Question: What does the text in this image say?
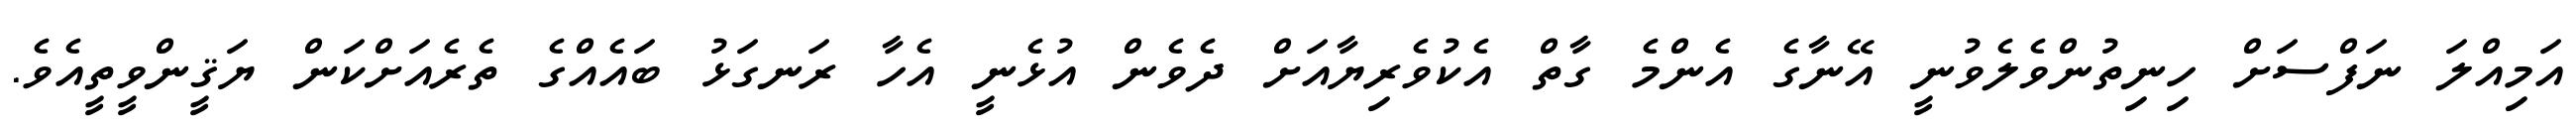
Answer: އަމިއްލަ ނަފްސަށް ހިނިތުންވެލެވުނީ އޭނާގެ އެންމެ ގާތް އެކުވެރިޔާއަށް ދެވެން އުޅެނީ އެހާ ރަނގަޅު ބައެއްގެ ތެރެއަށްކަން ޔަޤީންވީތީއެވެ.